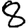
Digit: 8